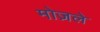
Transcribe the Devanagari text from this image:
मोज़ले